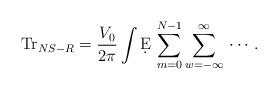
LaTeX: \begin{align*}\mbox{Tr}_{NS-R}= \frac{V_0}{2\pi}\int \d E \, \sum_{m=0}^{N-1} \sum_{w=-\infty}^{\infty}\, \cdots .\end{align*}